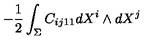
- \frac { 1 } { 2 } \int _ { \Sigma } C _ { i j 1 1 } d X ^ { i } \wedge d X ^ { j } \nonumber